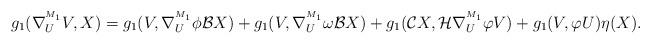
LaTeX: \begin{align*}g_{1}(\nabla^{^{M_1}}_{U}V,X)&=g_{1}(V,\nabla^{^{M_1}}_{U}\phi \mathcal{B}X)+g_{1}(V,\nabla^{^{M_1}}_{U}\omega \mathcal{B}X)+g_{1}(\mathcal{C}X,\mathcal{H}\nabla^{^{M_1}}_{U}\varphi V)+g_{1}(V,\varphi U)\eta (X).\end{align*}